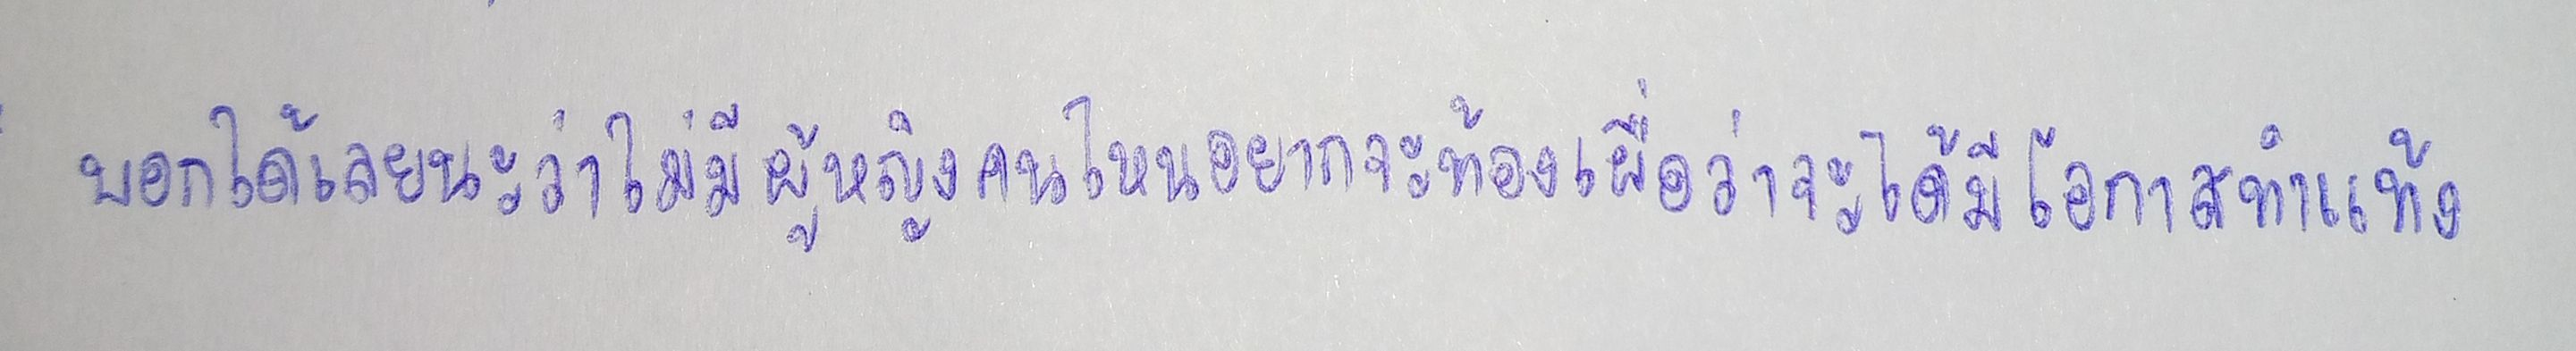
บอกได้เลยนะว่าไม่มีผู้หญิงคนไหนอยากจะท้องเผื่อว่าจะได้มีโอกาสทำแท้ง